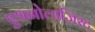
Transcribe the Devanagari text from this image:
एथनोलाजिस्ट